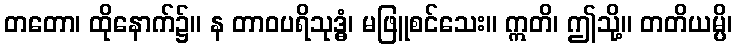
တတော၊ ထိုနောက်၌။ န တာဝပရိသုဒ္ဓံ၊ မဖြူစင်သေး။ ဣတိ၊ ဤသို့။ တတိယမ္ပိ၊